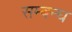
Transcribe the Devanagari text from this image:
सम्बन्घ